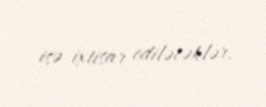
isə ixtisar ediləcəklər.